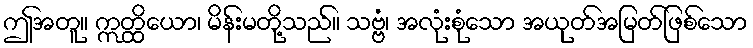
ဤအတူ။ ဣတ္ထိယော၊ မိန်းမတို့သည်။ သဗ္ဗံ၊ အလုံးစုံသော အယုတ်အမြတ်ဖြစ်သော